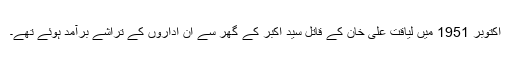
اکتوبر 1951 میں لیاقت علی خان کے قاتل سید اکبر کے گھر سے ان اداروں کے تراشے برآمد ہوئے تھے۔